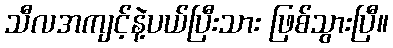
သီလအကျင့်နဲ့ပယ်ပြီးသား ဖြစ်သွားပြီ။